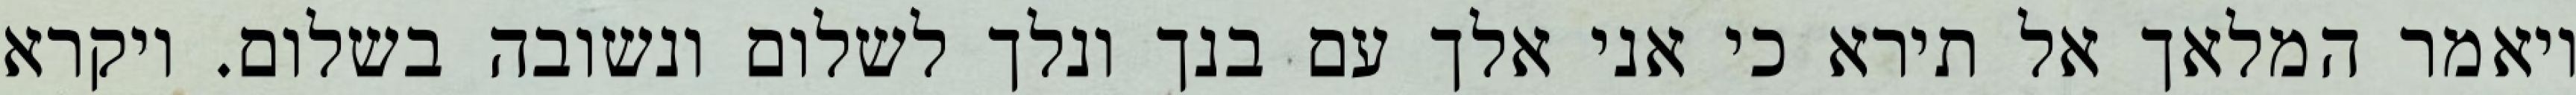
ויאמר המלאך אל תירא כי אני אלך עם בנך ונלך לשלום ונשובה בשלום. ויקרא